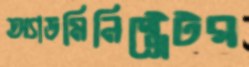
অ্যাডমিনিষ্ট্রেটর